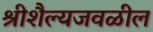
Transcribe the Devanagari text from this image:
श्रीशैल्यजवळील